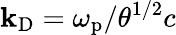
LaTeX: \mathbf{k}_{\mathrm{{D}}}=\omega_{\mathrm{{p}}}/\theta^{1/2}c